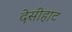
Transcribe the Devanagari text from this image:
देसीहाट